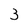
Character: 3